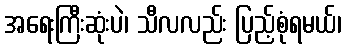
အရေးကြီးဆုံးပဲ၊ သီလလည်း ပြည့်စုံရမယ်၊